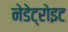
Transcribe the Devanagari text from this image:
नेडेट्रोइट